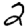
Digit: 2